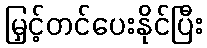
မြှင့်တင်ပေးနိုင်ပြီး